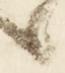
候